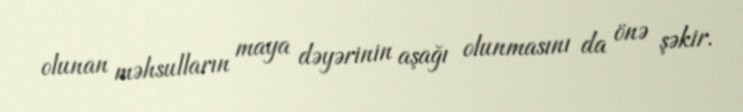
olunan məhsulların maya dəyərinin aşağı olunmasını da önə şəkir.